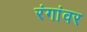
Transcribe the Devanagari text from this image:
रंगांवर